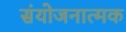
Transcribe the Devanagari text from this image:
संयोजनात्मक